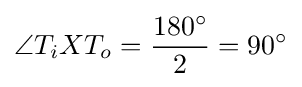
\angle T_{i}XT_{o}={\frac {180^{\circ }}{2}}=90^{\circ }